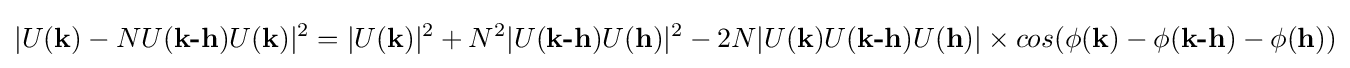
|U({\textbf {k}})-NU({\textbf {k-h}})U({\textbf {k}})|^{2}=|U({\textbf {k}})|^{2}+N^{2}|U({\textbf {k-h}})U({\textbf {h}})|^{2}-2N|U({\textbf {k}})U({\textbf {k-h}})U({\textbf {h}})|\times cos(\phi ({\textbf {k}})-\phi ({\textbf {k-h}})-\phi ({\textbf {h}}))